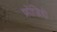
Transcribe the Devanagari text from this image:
फ्रोजिदो